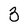
Character: 3